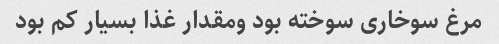
مرغ سوخاری سوخته بود ومقدار غذا بسیار کم بود